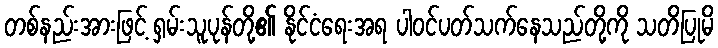
တစ်နည်းအားဖြင့် ရှမ်းသူပုန်တို့၏ နိုင်ငံရေးအရ ပါဝင်ပတ်သက်နေသည်တို့ကို သတိပြုမိ